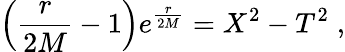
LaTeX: \left({\frac{r}{2M}}-1\right)e^{{\frac{r}{2M}}}=X^{2}-T^{2}\; ,